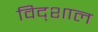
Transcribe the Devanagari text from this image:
विद्शाल